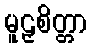
မူဠှစိတ္တာ